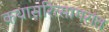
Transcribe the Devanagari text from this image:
कथासरित्सागरांत